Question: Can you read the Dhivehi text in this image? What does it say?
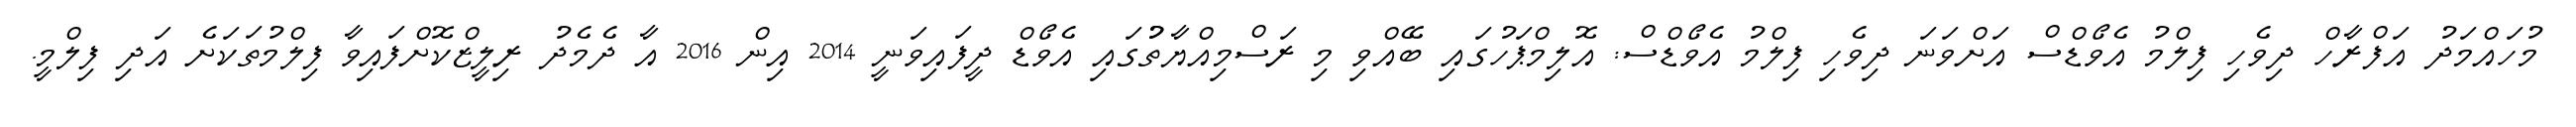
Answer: މުހައްމަދު އަފްރާހް ދިވެހި ފިލްމު އެވޯޑްސް އަށްވަނަ ދިވެހި ފިލްމު އެވޯޑްސް: އޮލިމްޕަހުގައި ބޭއްވި މި ރަސްމިއްޔާތުުގައި އެވޯޑް ދީފައިވަނީ 2014 އިން 2016 އާ ދެމެދު ރިލީޒްކޮށްފައިވާ ފިލްމުތަކަށެ އަދި ފިލްމީ.